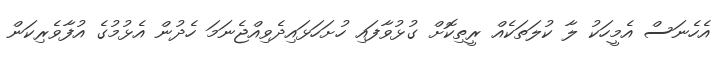
އެހެނަސް އެމީހަކު ލާ ކުލަތަކެއް ރީތިކޮށް ގުޅުވާފައި ހުށަހަޅައިދެވިއްޖެނަމަ ހެދުން އެޅުމުގެ އުފާވެރިކަން